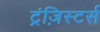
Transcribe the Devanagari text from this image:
ट्रंज़िस्टर्स